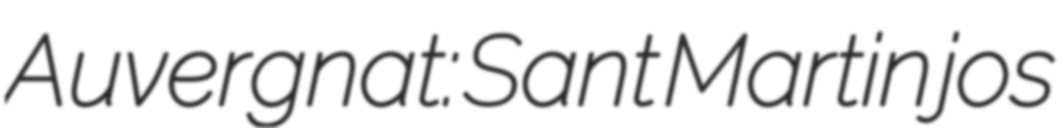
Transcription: Auvergnat: Sant Martin jos